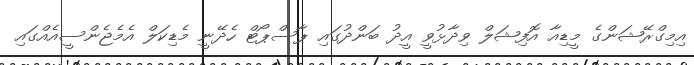
އިމިގްރޭޝަންގެ މީޑިއާ އޮފިޝަލް ވިދާޅުވީ އީދު ބަންދުގައި ޕާސްޕޯޓް ހެދޭނީ މެޑިކަލް އެމެޖެންސީއެއްގައި